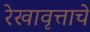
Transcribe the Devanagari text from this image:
रेखावृत्ताचे